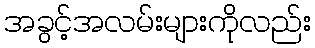
အခွင့်အလမ်းများကိုလည်း